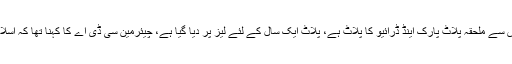
اس پر اسلام آباد کے میئر نے عدالت کو بتایا کہ سینٹورس سے ملحقہ پلاٹ پارک اینڈ ڈرائیو کا پلاٹ ہے، پلاٹ ایک سال کے لئے لیز پر دیا گیا ہے، چیئرمین سی ڈی اے کا کہنا تھا کہ اسلام آباد میں پانی کا مسئلہ ہے، پانی خانپور ڈیم سے آتا ہے۔